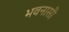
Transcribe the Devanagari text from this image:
भवनासी